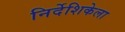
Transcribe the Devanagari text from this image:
निर्देशिकेला